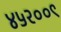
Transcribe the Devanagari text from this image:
४५२००९